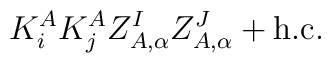
K^A_iK^A_jZ_{A,\alpha}^IZ^J_{A,\alpha} + {\rm h.c.}